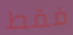
فقط